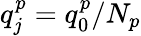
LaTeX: q_{j}^{p}=q_{0}^{p}/N_{p}